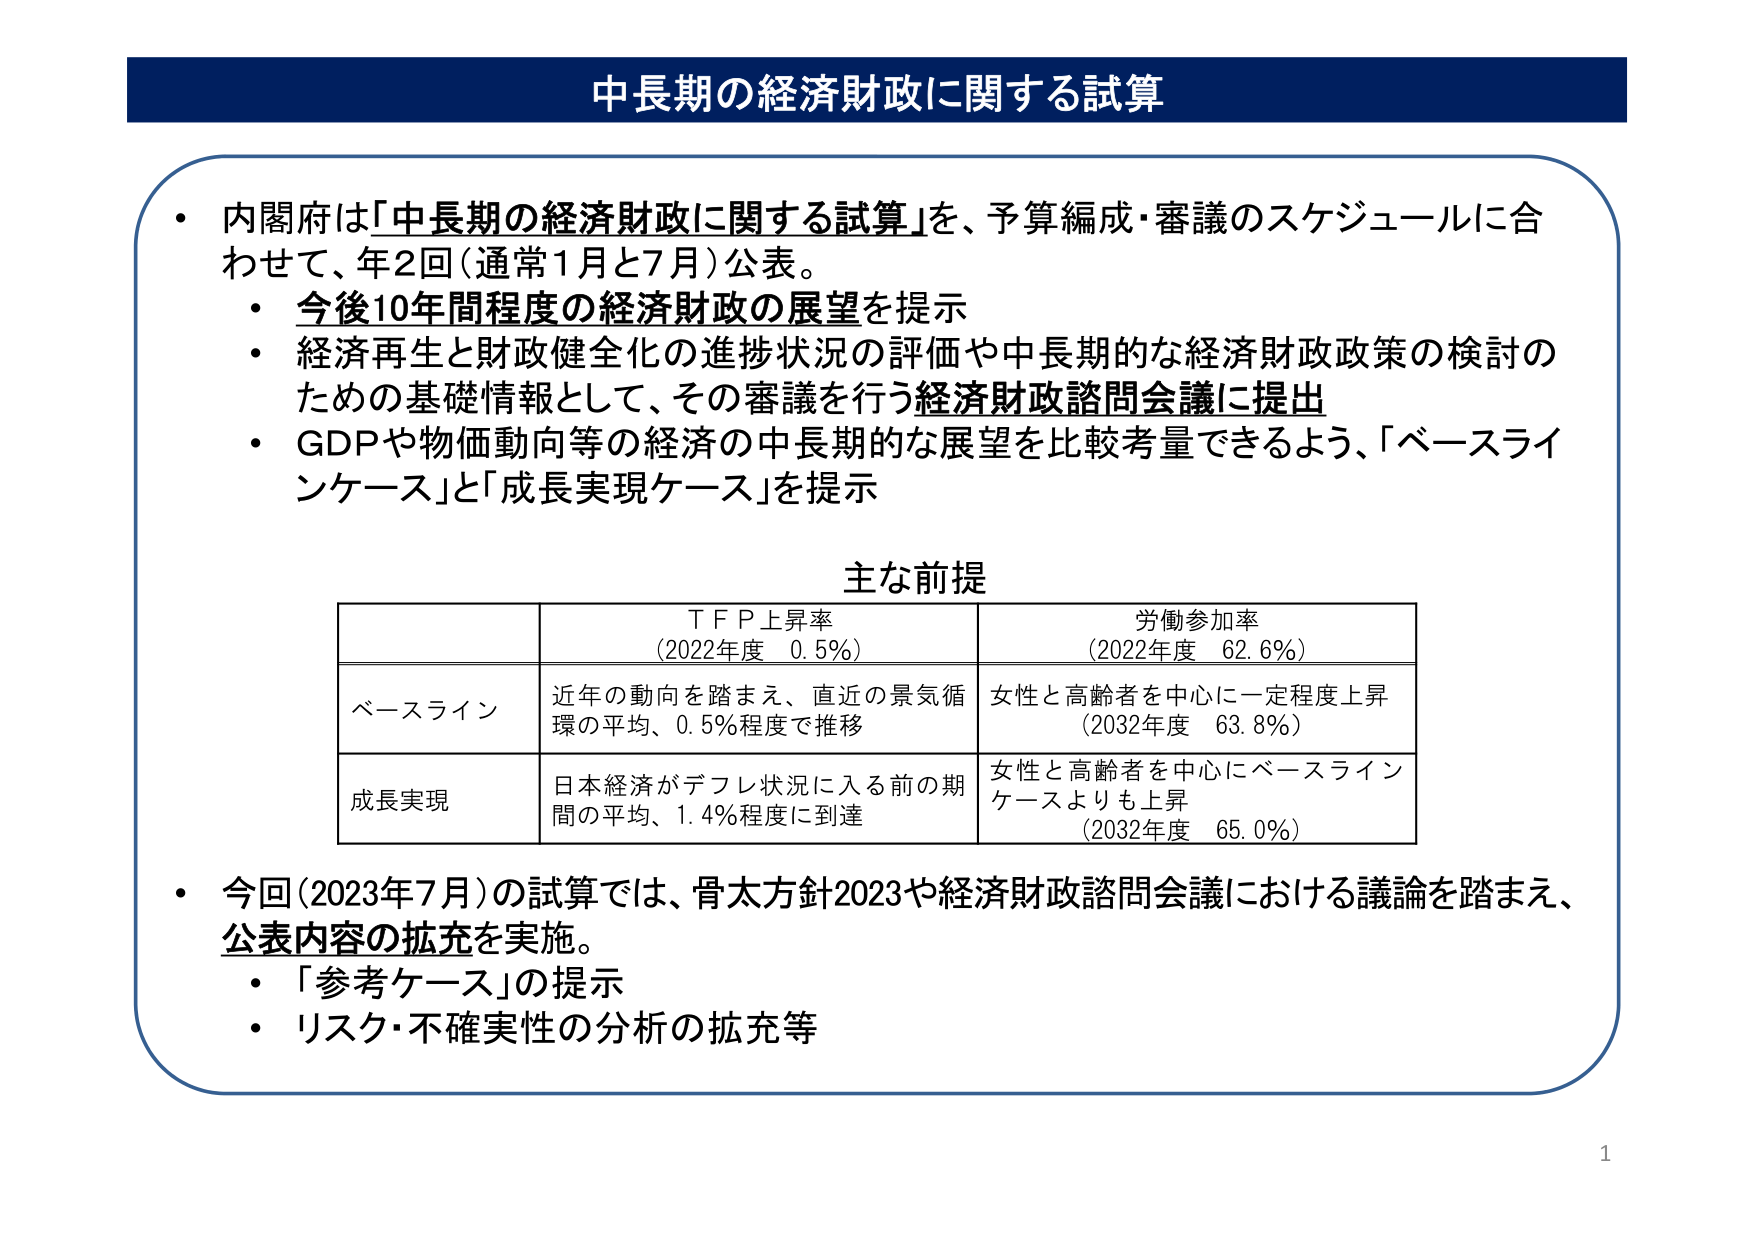
中長期の経済財政に関する試算

・内閣府は「中長期の経済財政に関する試算」を、予算編成・審議のスケジュールに合わせて、年2回（通常1月と7月）公表。
　・今後10年間程度の経済財政の展望を提示
　・経済再生と財政健全化の進捗状況の評価や中長期的な経済財政政策の検討のための基礎情報として、その審議を行う経済財政諮問会議に提出
　・GDPや物価動向等の経済の中長期的な展望を比較考量できるよう、「ベースラインケース」と「成長実現ケース」を提示

主な前提

　　　　　　　　　　ＴＦＰ上昇率　　　　　　　　労働参加率
　　　　　　　　　　（2022年度　0.5％）　　　　（2022年度　62.6％）

ベースライン　　　近年の動向を踏まえ、直近の景気循環の平均、0.5％程度で推移　　　女性と高齢者を中心に一定程度上昇
　　　　　　　　　　　　　　　　　　　　　　　　　　　　　　　　　　　　　　（2032年度　63.8％）

成長実現　　　　日本経済がデフレ状況に入る前の期間の平均、1.4％程度に到達　　　女性と高齢者を中心にベースラインケースよりも上昇
　　　　　　　　　　　　　　　　　　　　　　　　　　　　　　　　　　　　　　（2032年度　65.0％）

・今回（2023年7月）の試算では、骨太方針2023や経済財政諮問会議における議論を踏まえ、公表内容の拡充を実施。
　・「参考ケース」の提示
　・リスク・不確実性の分析の拡充等

1